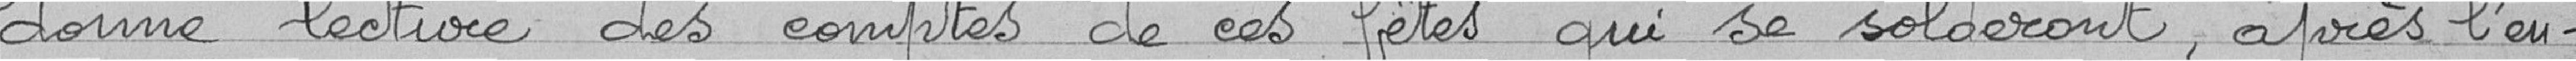
donne lecture des comptes de ces fêtes qui se solderont après l'en-